Annual administration and progress report of the Indian Medical Department, Bombay
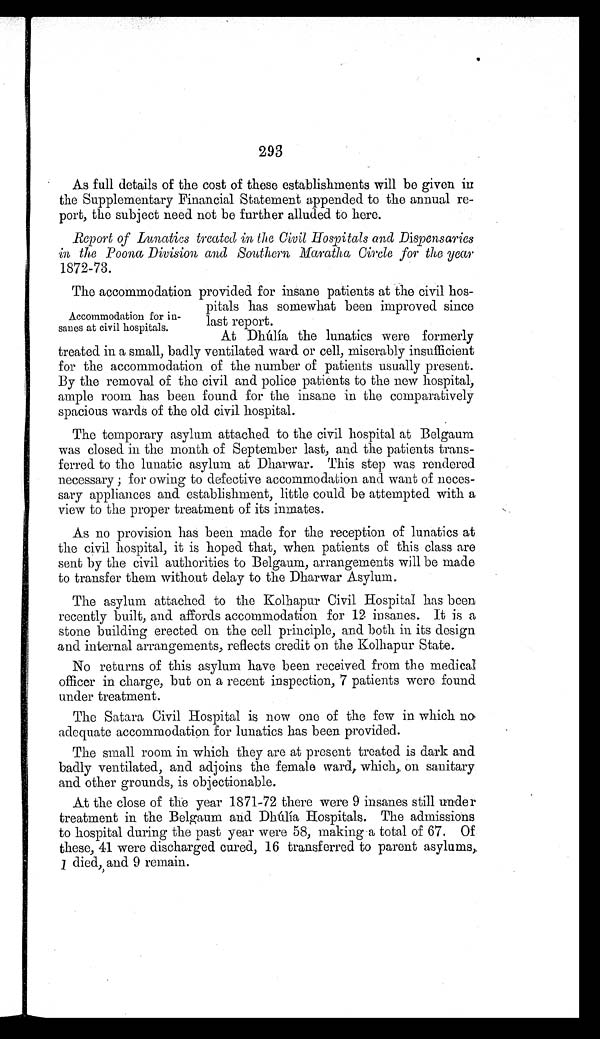
293
As full details of the cost of these establishments will be given in
the Supplementary Financial Statement appended to the annual re
-port, the subject need not be further alluded to here.
Report of Lunatics treated in the Civil Hospitals and Dispensaries
in the Poona Division and Southern Maratha Circle for the year
1872-73.
The accommodation provided for insane patients at the civil hos
-pitals has somewhat been improved since
last report.
At Dhúlía the lunatics were formerly
treated in a small, badly ventilated ward or cell, miserably insufficient
for the accommodation of the number of patients usually present.
By the removal of the civil and police patients to the new hospital,
ample room has been found for the insane in the comparatively
spacious wards of the old civil hospital.
The temporary asylum attached to the civil hospital at Belgaum
was closed in the month of September last, and the patients trans
-ferred to the lunatic asylum at Dharwar. This step was rendered
necessary; for owing to defective accommodation and want of neces
-sary appliances and establishment, little could be attempted with a
view to the proper treatment of its inmates.
As no provision has been made for the reception of lunatics at
the civil hospital, it is hoped that, when patients of this class are
sent by the civil authorities to Belgaum, arrangements will be made
to transfer them without delay to the Dharwar Asylum.
The asylum attached to the Kolhapur Civil Hospital has been
recently built, and affords accommodation for 12 insanes. It is a
stone building erected on the cell principle, and both in its design
and internal arrangements, reflects credit on the Kolhapur State.
No returns of this asylum have been received from the medical
officer in charge, but on a recent inspection, 7 patients were found
under treatment.
The Satara Civil Hospital is now one of the few in which no
adequate accommodation for lunatics has been provided.
The small room in which they are at present treated is dark and
badly ventilated, and adjoins the female ward, which, on sanitary
and other grounds, is objectionable.
At the close of the year 1871-72 there were 9 insanes still under
treatment in the Belgaum and Dhúlía Hospitals. The admissions
to hospital during the past year were 58, making a total of 67. Of
these, 41 were discharged cured, 16 transferred to parent asylums,
1 died, and 9 remain.
Accommodation for in
-sanes at civil hospitals.